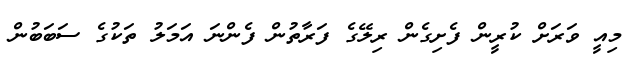
މިއީ ވަރަށް ކުރީން ފެށިގެން ރިލޭގެ ފަރާތުން ފެންނަ އަމަލު ތަކުގެ ސަބަބުން